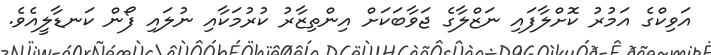
އަވިކްގެ އަމުރު ކޮށްލާފައި ނަޒްލާގެ ޖަވާބަކަށް އިންތިޒާރު ކުރުމަކާއި ނުލައި ފޯން ކަނޑާލީއެވެ.